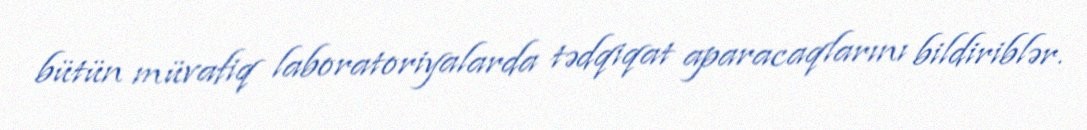
bütün müvafiq laboratoriyalarda tədqiqat aparacaqlarını bildiriblər.